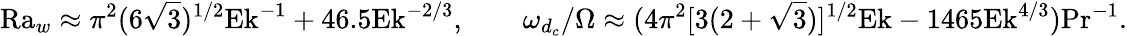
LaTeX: \textrm{Ra}_{w}\approx\pi^{2}(6\sqrt{3})^{1/2}\textrm{Ek}^{-1}+46.5\textrm{}\textrm{Ek}^{-2/3},\qquad\omega_{d_{c}}/\Omega\approx(4\pi^{2}[3(2+\sqrt{3})]^{1/2}\textrm{Ek}-1465\textrm{}\textrm{Ek}^{4/3})\textrm{Pr}^{-1}.